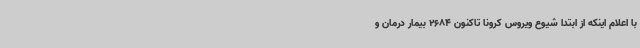
با اعلام اینکه از ابتدا شیوع ویروس کرونا تاکنون 2684 بیمار درمان و